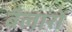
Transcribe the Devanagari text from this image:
बैलारों